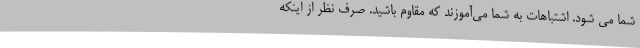
شما می شود. اشتباهات به شما می‌آموزند که مقاوم باشید. صرف نظر از اینکه